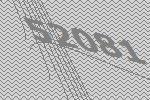
52081